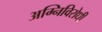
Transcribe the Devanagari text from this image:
अग्निविरोधी